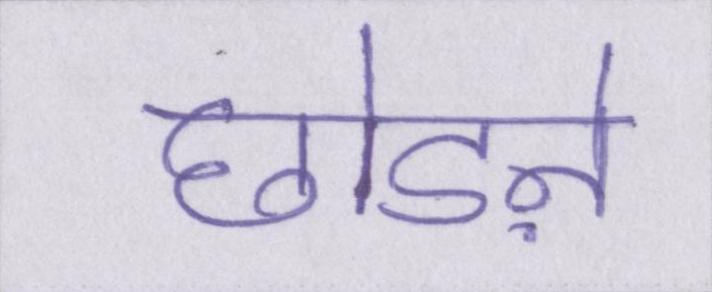
छोडऩे